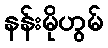
နန်းမိုဟွမ်